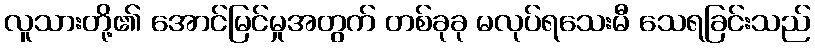
လူသားတို့၏ အောင်မြင်မှုအတွက် တစ်ခုခု မလုပ်ရသေးမီ သေရခြင်းသည်